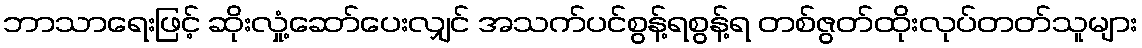
ဘာသာရေးဖြင့် ဆိုးလှုံ့ဆော်ပေးလျှင် အသက်ပင်စွန့်ရစွန့်ရ တစ်ဇွတ်ထိုးလုပ်တတ်သူများ